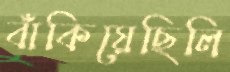
বাঁকিয়েছিলি